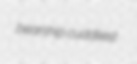
bearship cuddliest